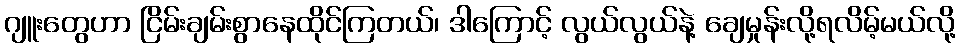
ဂျူးတွေဟာ ငြိမ်းချမ်းစွာနေထိုင်ကြတယ်၊ ဒါကြောင့် လွယ်လွယ်နဲ့ ချေမှုန်းလို့ရလိမ့်မယ်လို့